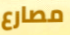
مصارع